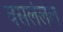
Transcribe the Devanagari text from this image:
वसलेलेल